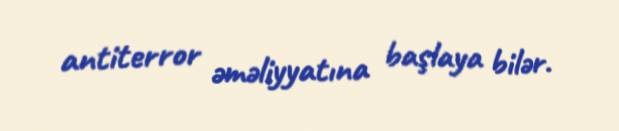
antiterror əməliyyatına başlaya bilər.